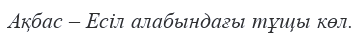
Ақбас – Есіл алабындағы тұщы көл.